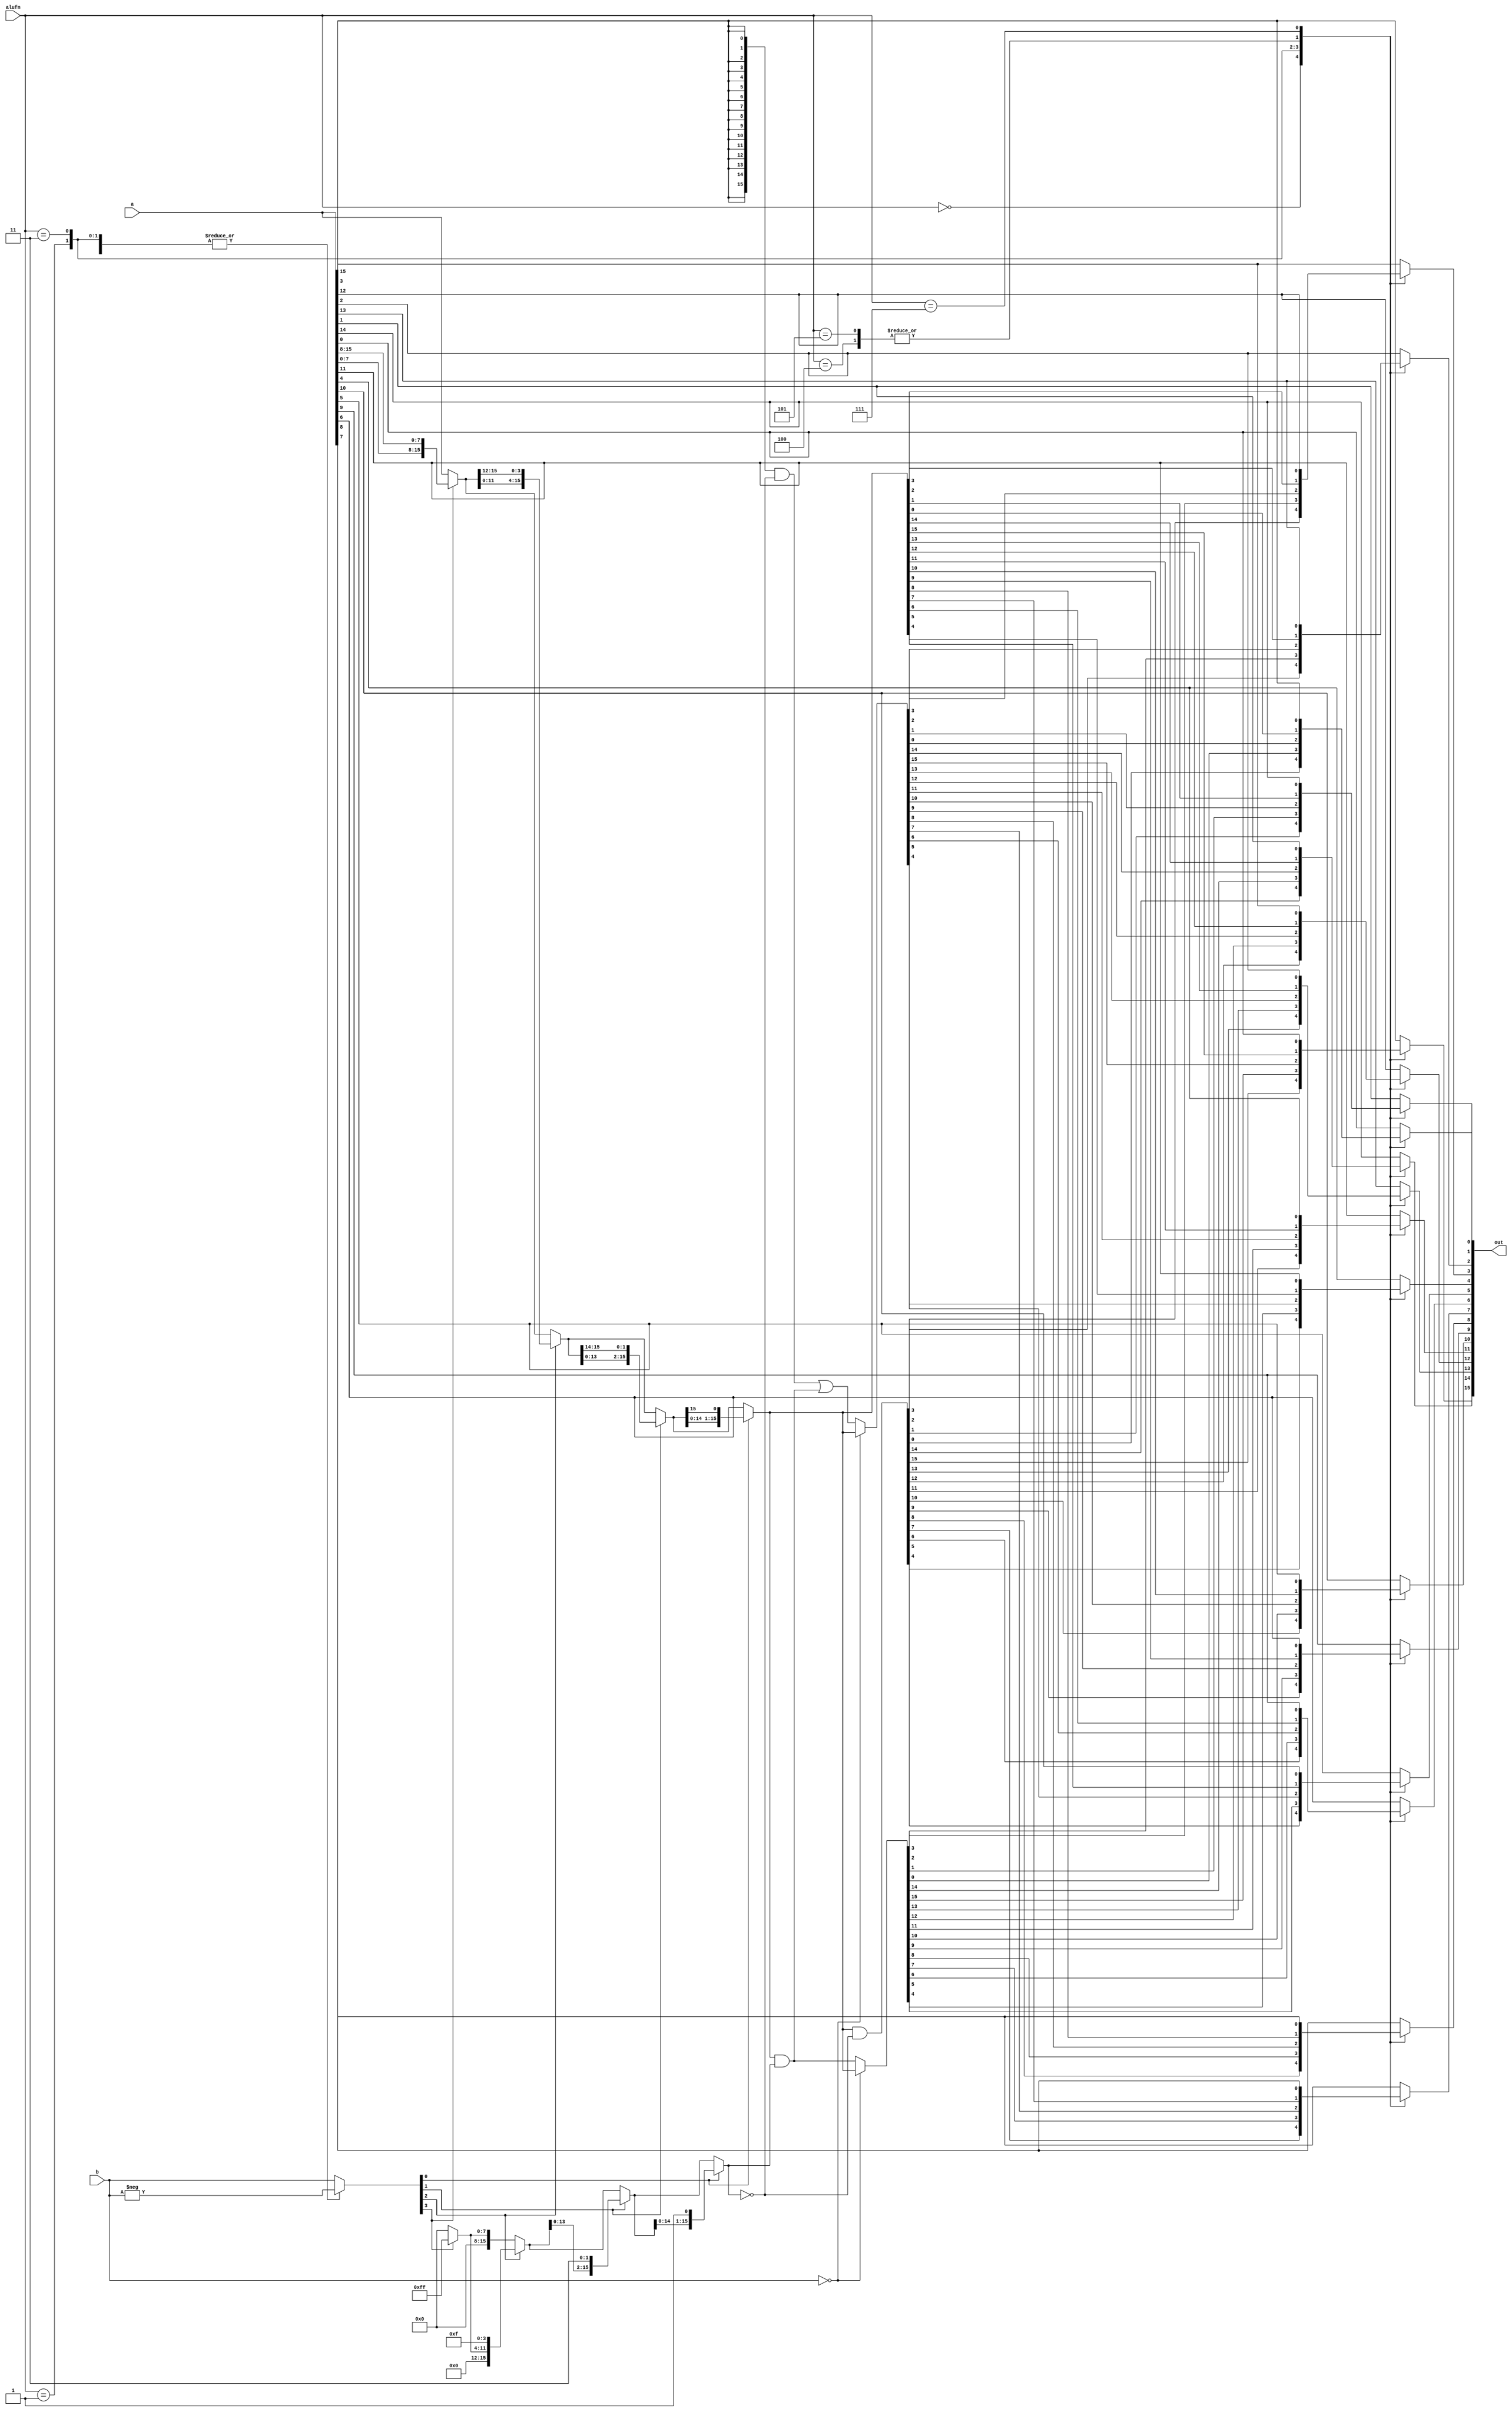
/*
   This file was generated automatically by Alchitry Labs version 1.2.1.
   Do not edit this file directly. Instead edit the original Lucid source.
   This is a temporary file and any changes made to it will be destroyed.
*/

module alu_shifter_14 (
    input [15:0] a,
    input [3:0] b,
    input [3:0] alufn,
    output reg [15:0] out
  );
  
  
  
  integer i;
  
  reg [15:0] z;
  
  reg [3:0] rb;
  
  reg [15:0] r8;
  reg [15:0] r4;
  reg [15:0] r2;
  
  reg [15:0] m8;
  reg [15:0] m4;
  reg [15:0] m2;
  
  reg [15:0] r;
  
  reg [15:0] mask;
  
  always @* begin
    
    case (alufn)
      4'h0: begin
        rb = b;
      end
      4'h1: begin
        rb = -b;
      end
      4'h3: begin
        rb = -b;
      end
      4'h4: begin
        rb = b;
      end
      4'h5: begin
        rb = -b;
      end
      default: begin
        rb = b;
      end
    endcase
    if (rb[3+0-:1]) begin
      r8 = {a[0+7-:8], a[8+7-:8]};
      m8 = 16'h00ff;
    end else begin
      r8 = a;
      m8 = 16'h0000;
    end
    if (rb[2+0-:1]) begin
      r4 = {r8[0+11-:12], r8[12+3-:4]};
      m4 = {m8[0+11-:12], 4'hf};
    end else begin
      r4 = r8;
      m4 = m8;
    end
    if (rb[1+0-:1]) begin
      r2 = {r4[0+13-:14], r4[14+1-:2]};
      m2 = {m4[0+13-:14], 2'h3};
    end else begin
      r2 = r4;
      m2 = m4;
    end
    if (rb[0+0-:1]) begin
      r = {r2[0+14-:15], r2[15+0-:1]};
      mask = {m2[0+14-:15], 1'h1};
    end else begin
      r = r2;
      mask = m2;
    end
    
    case (alufn)
      4'h0: begin
        z = r & ~mask;
      end
      4'h1: begin
        if (b == 1'h0) begin
          z = r;
        end else begin
          z = r & mask;
        end
      end
      4'h3: begin
        if (b == 1'h0) begin
          z = r;
        end else begin
          z = ({5'h10{a[15+0-:1]}} & ~mask) | (r & mask);
        end
      end
      4'h4: begin
        z = r;
      end
      4'h5: begin
        z = r;
      end
      4'h7: begin
        for (i = 1'h0; i < 5'h10; i = i + 1) begin
          z[(i)*1+0-:1] = a[(4'hf - i)*1+0-:1];
        end
      end
      default: begin
        z = a;
      end
    endcase
    out = z;
  end
endmodule